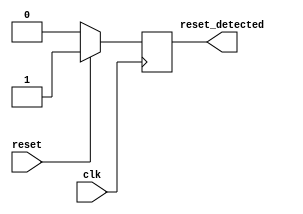
module sync_reset_detector (
    input wire clk,           // Clock signal
    input wire reset,         // Active-high asynchronous reset signal
    output reg reset_detected  // Output indicating if reset condition is detected
);

// State holding for detecting the reset condition
always @(posedge clk) begin
    if (reset) begin
        reset_detected <= 1'b1; // Set output high if reset is detected
    end else begin
        reset_detected <= 1'b0; // Clear output if reset is not detected
    end
end

endmodule